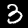
Label: 3